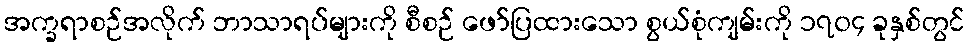
အက္ခရာစဉ်အလိုက် ဘာသာရပ်များကို စီစဉ် ဖော်ပြထားသော စွယ်စုံကျမ်းကို ၁၇၀၄ ခုနှစ်တွင်